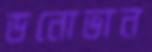
ডনোভান